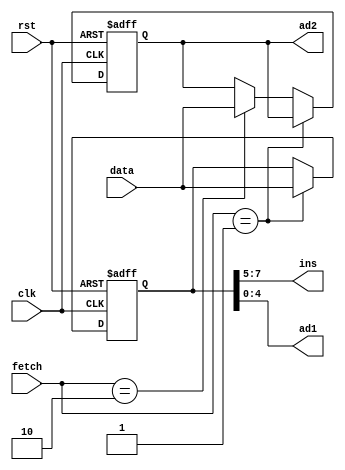
// This program was cloned from: https://github.com/liuqdev/8-bits-RISC-CPU-Verilog
// License: MIT License

`timescale 1ns / 1ps
//////////////////////////////////////////////////////////////////////////////////
module ins_reg(data, fetch, clk, rst, ins, ad1, ad2); // instruction register
input clk, rst;
input [1:0] fetch;
input [7:0] data;
output [2:0] ins;
output [4:0] ad1;
output [7:0] ad2;

reg [7:0] ins_p1, ins_p2;
reg [2:0] state;

assign ins = ins_p1[7:5]; //hign 3 bits, instructions
assign ad1 = ins_p1[4:0]; //low 5 bits, register address
assign ad2 = ins_p2;

always @(posedge clk or negedge rst) begin
	if(!rst) begin
		ins_p1 <= 8'd0;
		ins_p2 <= 8'd0;
	end
	else begin
		if(fetch==2'b01) begin			//fetch==2'b01 operation1, to fetch data from REG
			ins_p1 <= data;
			ins_p2 <= ins_p2;
		end
		else if(fetch==2'b10) begin		//fetch==2'b10 operation2, to fetch data from RAM/ROM
			ins_p1 <= ins_p1;
			ins_p2 <= data;
		end
		else begin
			ins_p1 <= ins_p1;
			ins_p2 <= ins_p2;
		end
	end
end


endmodule